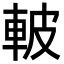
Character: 𮝌